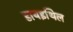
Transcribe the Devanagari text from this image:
डायइथिल